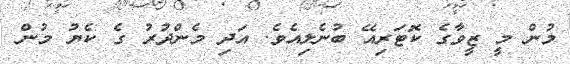
މުން މީ ޒީވާގެ ކޮޓަރިއޭ ބުނެލިއެވެ. އަދި މެންދުރު ގެ ކެޔު މުން